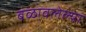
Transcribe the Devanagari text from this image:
बळावलेल्या